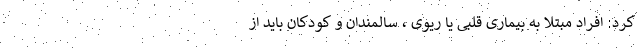
کرد: افراد مبتلا به بیماری قلبی یا ریوی ، سالمندان و کودکان باید از